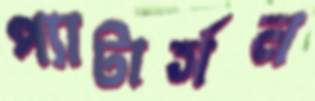
প্যাটার্সন